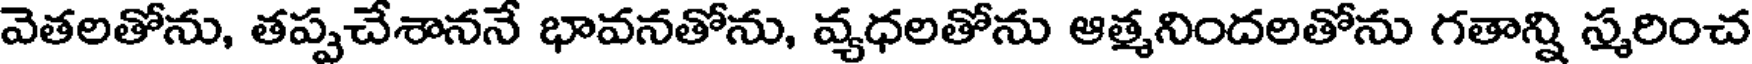
వెతలతోను, తప్పచేశాననే భావనతోను, వ్యధలతోను ఆత్మనిందలతోను గతాన్ని స్మరించ